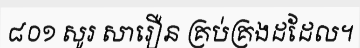
៨០១ សូរ សារឿន គ្រប់គ្រងដដែល។